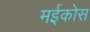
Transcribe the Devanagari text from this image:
मईकोस